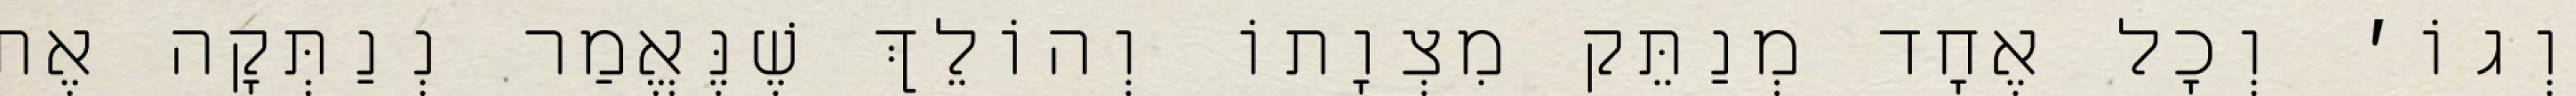
וְגוֹ׳ וְכׇל אֶחָד מְנַתֵּק מִצְוָתוֹ וְהוֹלֵךְ שֶׁנֶּאֱמַר נְנַתְּקָה אֶת